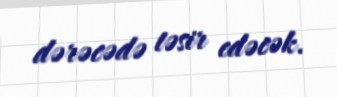
dərəcədə təsir edəcək.